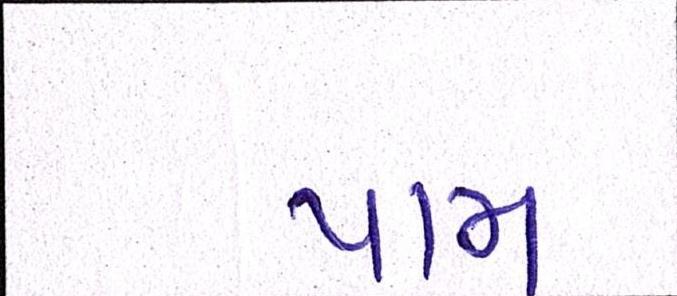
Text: પામ